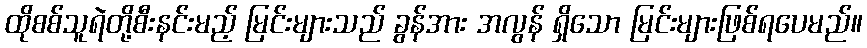
ထိုစစ်သူရဲတို့စီးနင်းမည့် မြင်းများသည် ခွန်အား အလွန် ရှိသော မြင်းများဖြစ်ရပေမည်။